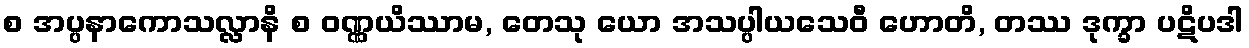
စ အပ္ပနာကောသလ္လာနိ စ ဝဏ္ဏယိဿာမ, တေသု ယော အသပ္ပါယသေဝီ ဟောတိ, တဿ ဒုက္ခာ ပဋိပဒါ